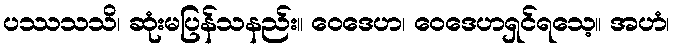
ပဿသသိ၊ ဆုံးမပြန်သနည်း။ ဝေဒေဟ၊ ဝေဒေဟရှင်ရသေ့။ အဟံ၊